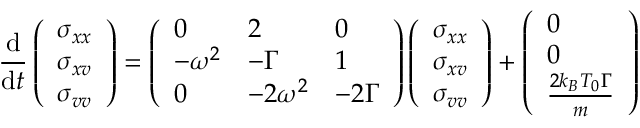
\frac { \mathrm d } { \mathrm d t } \left( \begin{array} { l } { \sigma _ { x x } } \\ { \sigma _ { x v } } \\ { \sigma _ { v v } } \end{array} \right) = \left( \begin{array} { l l l } { 0 } & { 2 } & { 0 } \\ { - \omega ^ { 2 } } & { - \Gamma } & { 1 } \\ { 0 } & { - 2 \omega ^ { 2 } } & { - 2 \Gamma } \end{array} \right) \left( \begin{array} { l } { \sigma _ { x x } } \\ { \sigma _ { x v } } \\ { \sigma _ { v v } } \end{array} \right) + \left( \begin{array} { l } { 0 } \\ { 0 } \\ { \frac { 2 k _ { B } T _ { 0 } \Gamma } { m } } \end{array} \right)